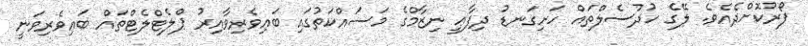
ފޯރުކޮށްދެއެވެ. ލޭގެ ހުދުސެލްތައް ހަށިގަނޑު ދިފާޢީ ނިޒާމްގެ މަސައްކަތުގައި ބައިވެރިވާއިރު ޕްލެޓްލެޓްތައް ބައިވެރިވަނީ